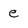
Character: e